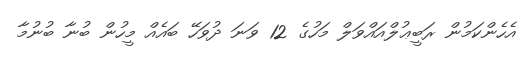
އެހެންކަމުން ރަބީޢުލްއައްވަލް މަހުގެ 12 ވަނަ ދުވަހޭ ބައެއް މީހުން ބުނާ ބުނުމާ